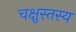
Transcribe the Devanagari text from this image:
चक्षुस्तस्य